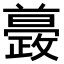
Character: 𣀚